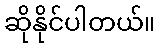
ဆိုနိုင်ပါတယ်။